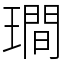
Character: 𤩎